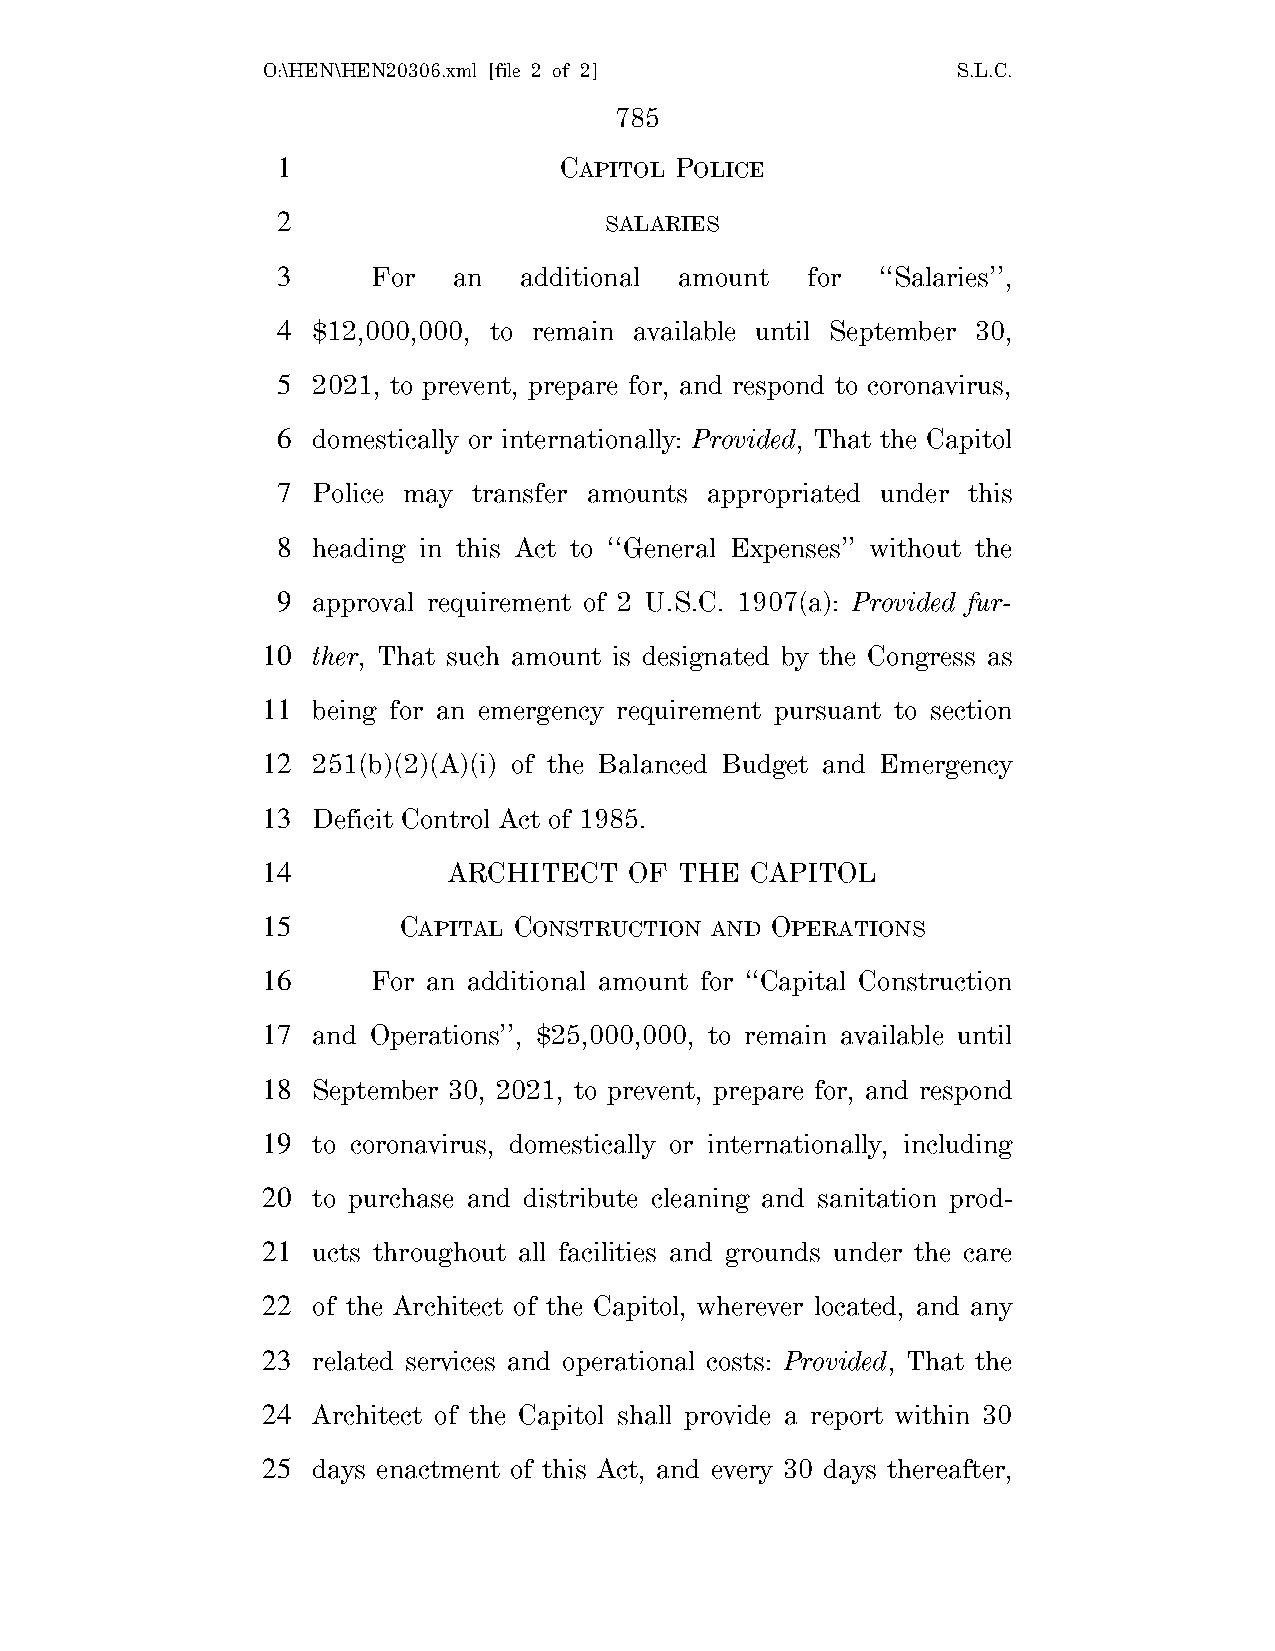
O:\HEN\HEN20306.xml [file 2 of 2]             S.L.C.
 785
 1                  CAPITOL POLICE
 2                     SALARIES
 3      For  an   additional amount for  ‘‘Salaries’’,
 4  $12,000,000, to remain available until September 30,
 5  2021, to prevent, prepare for, and respond to coronavirus,
 6  domestically or internationally: Provided, That the Capitol
 7  Police may transfer amounts appropriated under this
 8  heading in this Act to ‘‘General Expenses’’ without the
 9  approval requirement of 2 U.S.C. 1907(a): Provided fur-
 10  ther, That such amount is designated by the Congress as
 11  being for an emergency requirement pursuant to section
 12  251(b)(2)(A)(i) of the Balanced Budget and Emergency
 13  Deficit Control Act of 1985.
 14           ARCHITECT   OF THE  CAPITOL
 15       CAPITAL CONSTRUCTION AND OPERATIONS
 16      For an additional amount for ‘‘Capital Construction
 17  and Operations’’, $25,000,000, to remain available until
 18  September 30, 2021, to prevent, prepare for, and respond
 19  to coronavirus, domestically or internationally, including
 20  to purchase and distribute cleaning and sanitation prod-
 21  ucts throughout all facilities and grounds under the care
 22  of the Architect of the Capitol, wherever located, and any
 23  related services and operational costs: Provided, That the
 24  Architect of the Capitol shall provide a report within 30
 25  days enactment of this Act, and every 30 days thereafter,